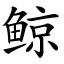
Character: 鲸